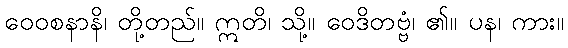
ဝေဝစနာနိ၊ တို့တည်။ ဣတိ၊ သို့။ ဝေဒိတဗ္ဗံ၊ ၏။ ပန၊ ကား။